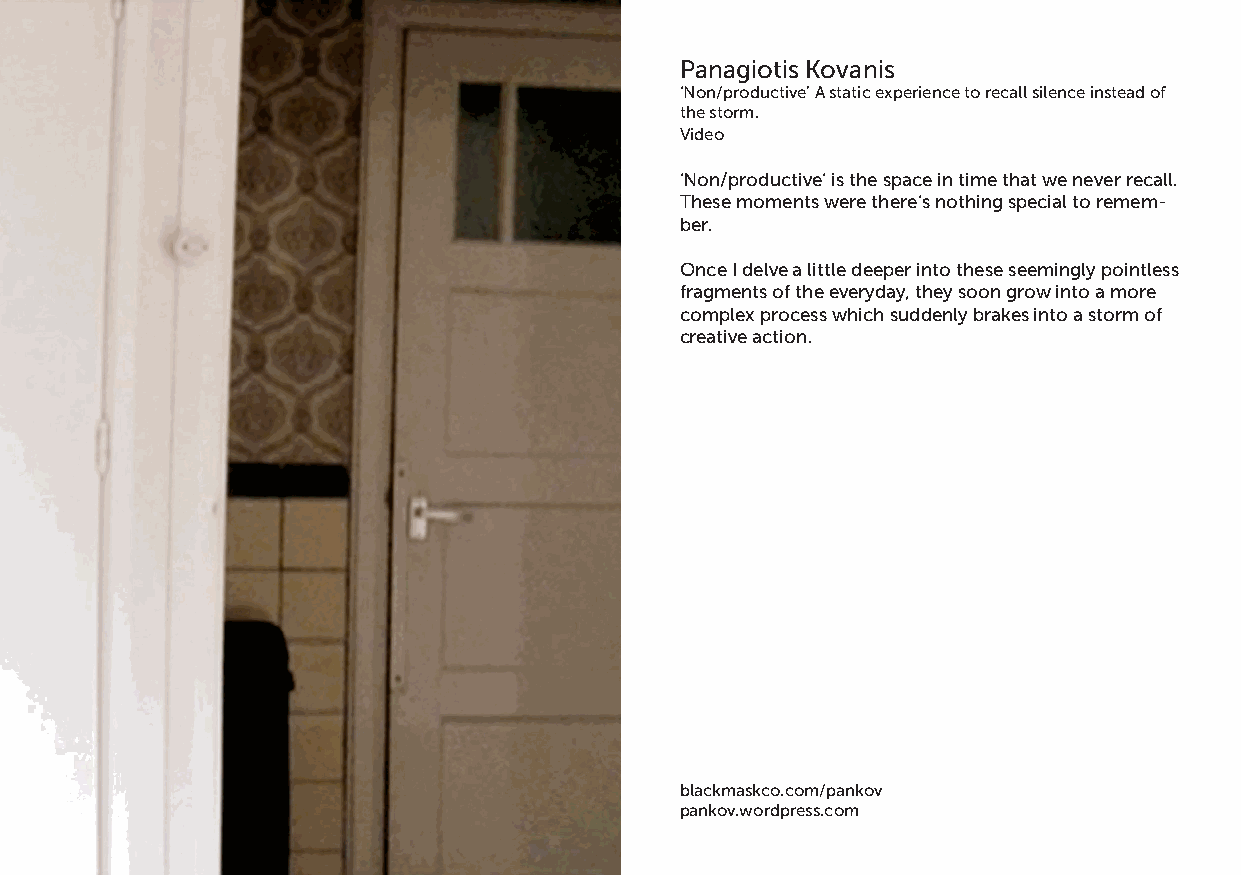
Panagiotis Kovanis
 ‘Non/productive’ A static experience to recall silence instead of
 the storm.
 Video
 ‘Non/productive’ is the space in time that we never recall.
 These moments were there’s nothing special to remem-
 ber.
 Once I delve a little deeper into these seemingly pointless
 fragments of the everyday, they soon grow into a more
 complex process which suddenly brakes into a storm of
 creative action.
 blackmaskco.com/pankov
 pankov.wordpress.com